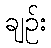
ချဉ်း